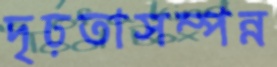
দৃঢ়তাসম্পন্ন